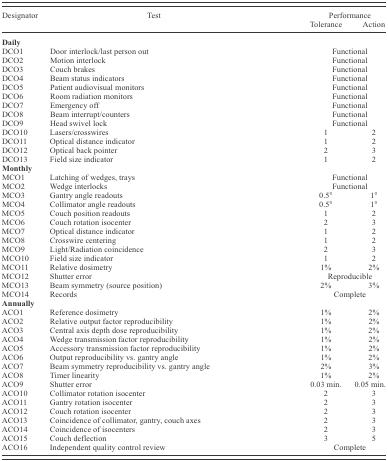
<table><thead><tr><td><b>Designator</b></td><td><b>Test</b></td><td colspan="2"><b>Performance</b></td></tr><tr><td></td><td></td><td><b>Tolerance</b></td><td><b>Action</b></td></tr></thead><tbody><tr><td><b>Daily</b></td><td></td><td></td></tr><tr><td>DCO1</td><td>Door interlock/last person out</td><td colspan="2">Functional</td></tr><tr><td>DCO2</td><td>Motion interlock</td><td colspan="2">Functional</td></tr><tr><td>DCO3</td><td>Couch brakes</td><td colspan="2">Functional</td></tr><tr><td>DCO4</td><td>Beam status indicators</td><td colspan="2">Functional</td></tr><tr><td>DCO5</td><td>Patient audiovisual monitors</td><td colspan="2">Functional</td></tr><tr><td>DCO6</td><td>Room radiation monitors</td><td colspan="2">Functional</td></tr><tr><td>DCO7</td><td>Emergency off</td><td colspan="2">Functional</td></tr><tr><td>DCO8</td><td>Beam interrupt/counters</td><td colspan="2">Functional</td></tr><tr><td>DCO9</td><td>Head swivel lock</td><td colspan="2">Functional</td></tr><tr><td>DCO10</td><td>Lasers/crosswires</td><td>1</td><td>2</td></tr><tr><td>DCO11</td><td>Optical distance indicator</td><td>1</td><td>2</td></tr><tr><td>DCO12</td><td>Optical back pointer</td><td>2</td><td>3</td></tr><tr><td>DCO13</td><td>Field size indicator</td><td>1</td><td>2</td></tr><tr><td><b>Monthly</b></td><td></td><td></td></tr><tr><td>MCO1</td><td>Latching of wedges, trays</td><td colspan="2">Functional</td></tr><tr><td>MCO2</td><td>Wedge interlocks</td><td colspan="2">Functional</td></tr><tr><td>MCO3</td><td>Gantry angle readouts</td><td>0.5°</td><td>1°</td></tr><tr><td>MCO4</td><td>Collimator angle readouts</td><td>0.5°</td><td>1°</td></tr><tr><td>MCO5</td><td>Couch position readouts</td><td>1</td><td>2</td></tr><tr><td>MCO6</td><td>Couch rotation isocenter</td><td>2</td><td>3</td></tr><tr><td>MCO7</td><td>Optical distance indicator</td><td>1</td><td>2</td></tr><tr><td>MCO8</td><td>Crosswire centering</td><td>1</td><td>2</td></tr><tr><td>MCO9</td><td>Light/Radiation coincidence</td><td>2</td><td>3</td></tr><tr><td>MCO10</td><td>Field size indicator</td><td>1</td><td>2</td></tr><tr><td>MCO11</td><td>Relative dosimetry</td><td>1%</td><td>2%</td></tr><tr><td>MCO12</td><td>Shutter error</td><td colspan="2">Reproducible</td></tr><tr><td>MCO13</td><td>Beam symmetry (source position)</td><td>2%</td><td>3%</td></tr><tr><td>MCO14</td><td>Records</td><td colspan="2">Complete</td></tr><tr><td><b>Annually</b></td><td></td><td></td></tr><tr><td>ACO1</td><td>Reference dosimetry</td><td>1%</td><td>2%</td></tr><tr><td>ACO2</td><td>Relative output factor reproducibility</td><td>1%</td><td>2%</td></tr><tr><td>ACO3</td><td>Central axis depth dose reproducibility</td><td>1%</td><td>2%</td></tr><tr><td>ACO4</td><td>Wedge transmission factor reproducibility</td><td>1%</td><td>2%</td></tr><tr><td>ACO5</td><td>Accessory transmission factor reproducibility</td><td>1%</td><td>2%</td></tr><tr><td>ACO6</td><td>Output reproducibility vs. gantry angle</td><td>1%</td><td>2%</td></tr><tr><td>ACO7</td><td>Beam symmetry reproducibility vs. gantry angle</td><td>2%</td><td>3%</td></tr><tr><td>ACO8</td><td>Timer linearity</td><td>1%</td><td>2%</td></tr><tr><td>ACO9</td><td>Shutter error</td><td>0.03 min.</td><td>0.05 min.</td></tr><tr><td>ACO10</td><td>Collimator rotation isocenter</td><td>2</td><td>3</td></tr><tr><td>ACO11</td><td>Gantry rotation isocenter</td><td>2</td><td>3</td></tr><tr><td>ACO12</td><td>Couch rotation isocenter</td><td>2</td><td>3</td></tr><tr><td>ACO13</td><td>Coincidence of collimator, gantry, couch axes</td><td>2</td><td>3</td></tr><tr><td>ACO14</td><td>Coincidence of isocenters</td><td>2</td><td>3</td></tr><tr><td>ACO15</td><td>Couch deflection</td><td>3</td><td>5</td></tr><tr><td>ACO16</td><td>Independent quality control review</td><td colspan="2">Complete</td></tr></tbody></table>